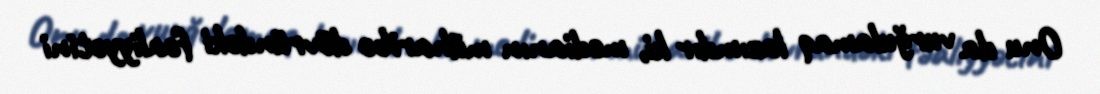
Onu da vurğulamaq lazımdır ki, medianın müharibə dövründəki fəaliyyətini